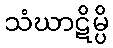
သံဃာဋိမ္ပိ